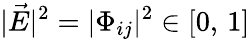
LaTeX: |\vec{E}|^{2}=|\Phi_{ij}|^{2}\in[0,\, 1]